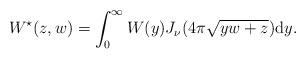
LaTeX: \begin{align*}W^{\star}(z,w)=\int_{0}^{\infty}W(y)J_{\nu}(4\pi\sqrt{yw+z})\mathrm{d}y.\end{align*}